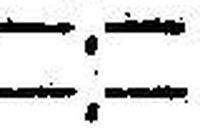
—.—